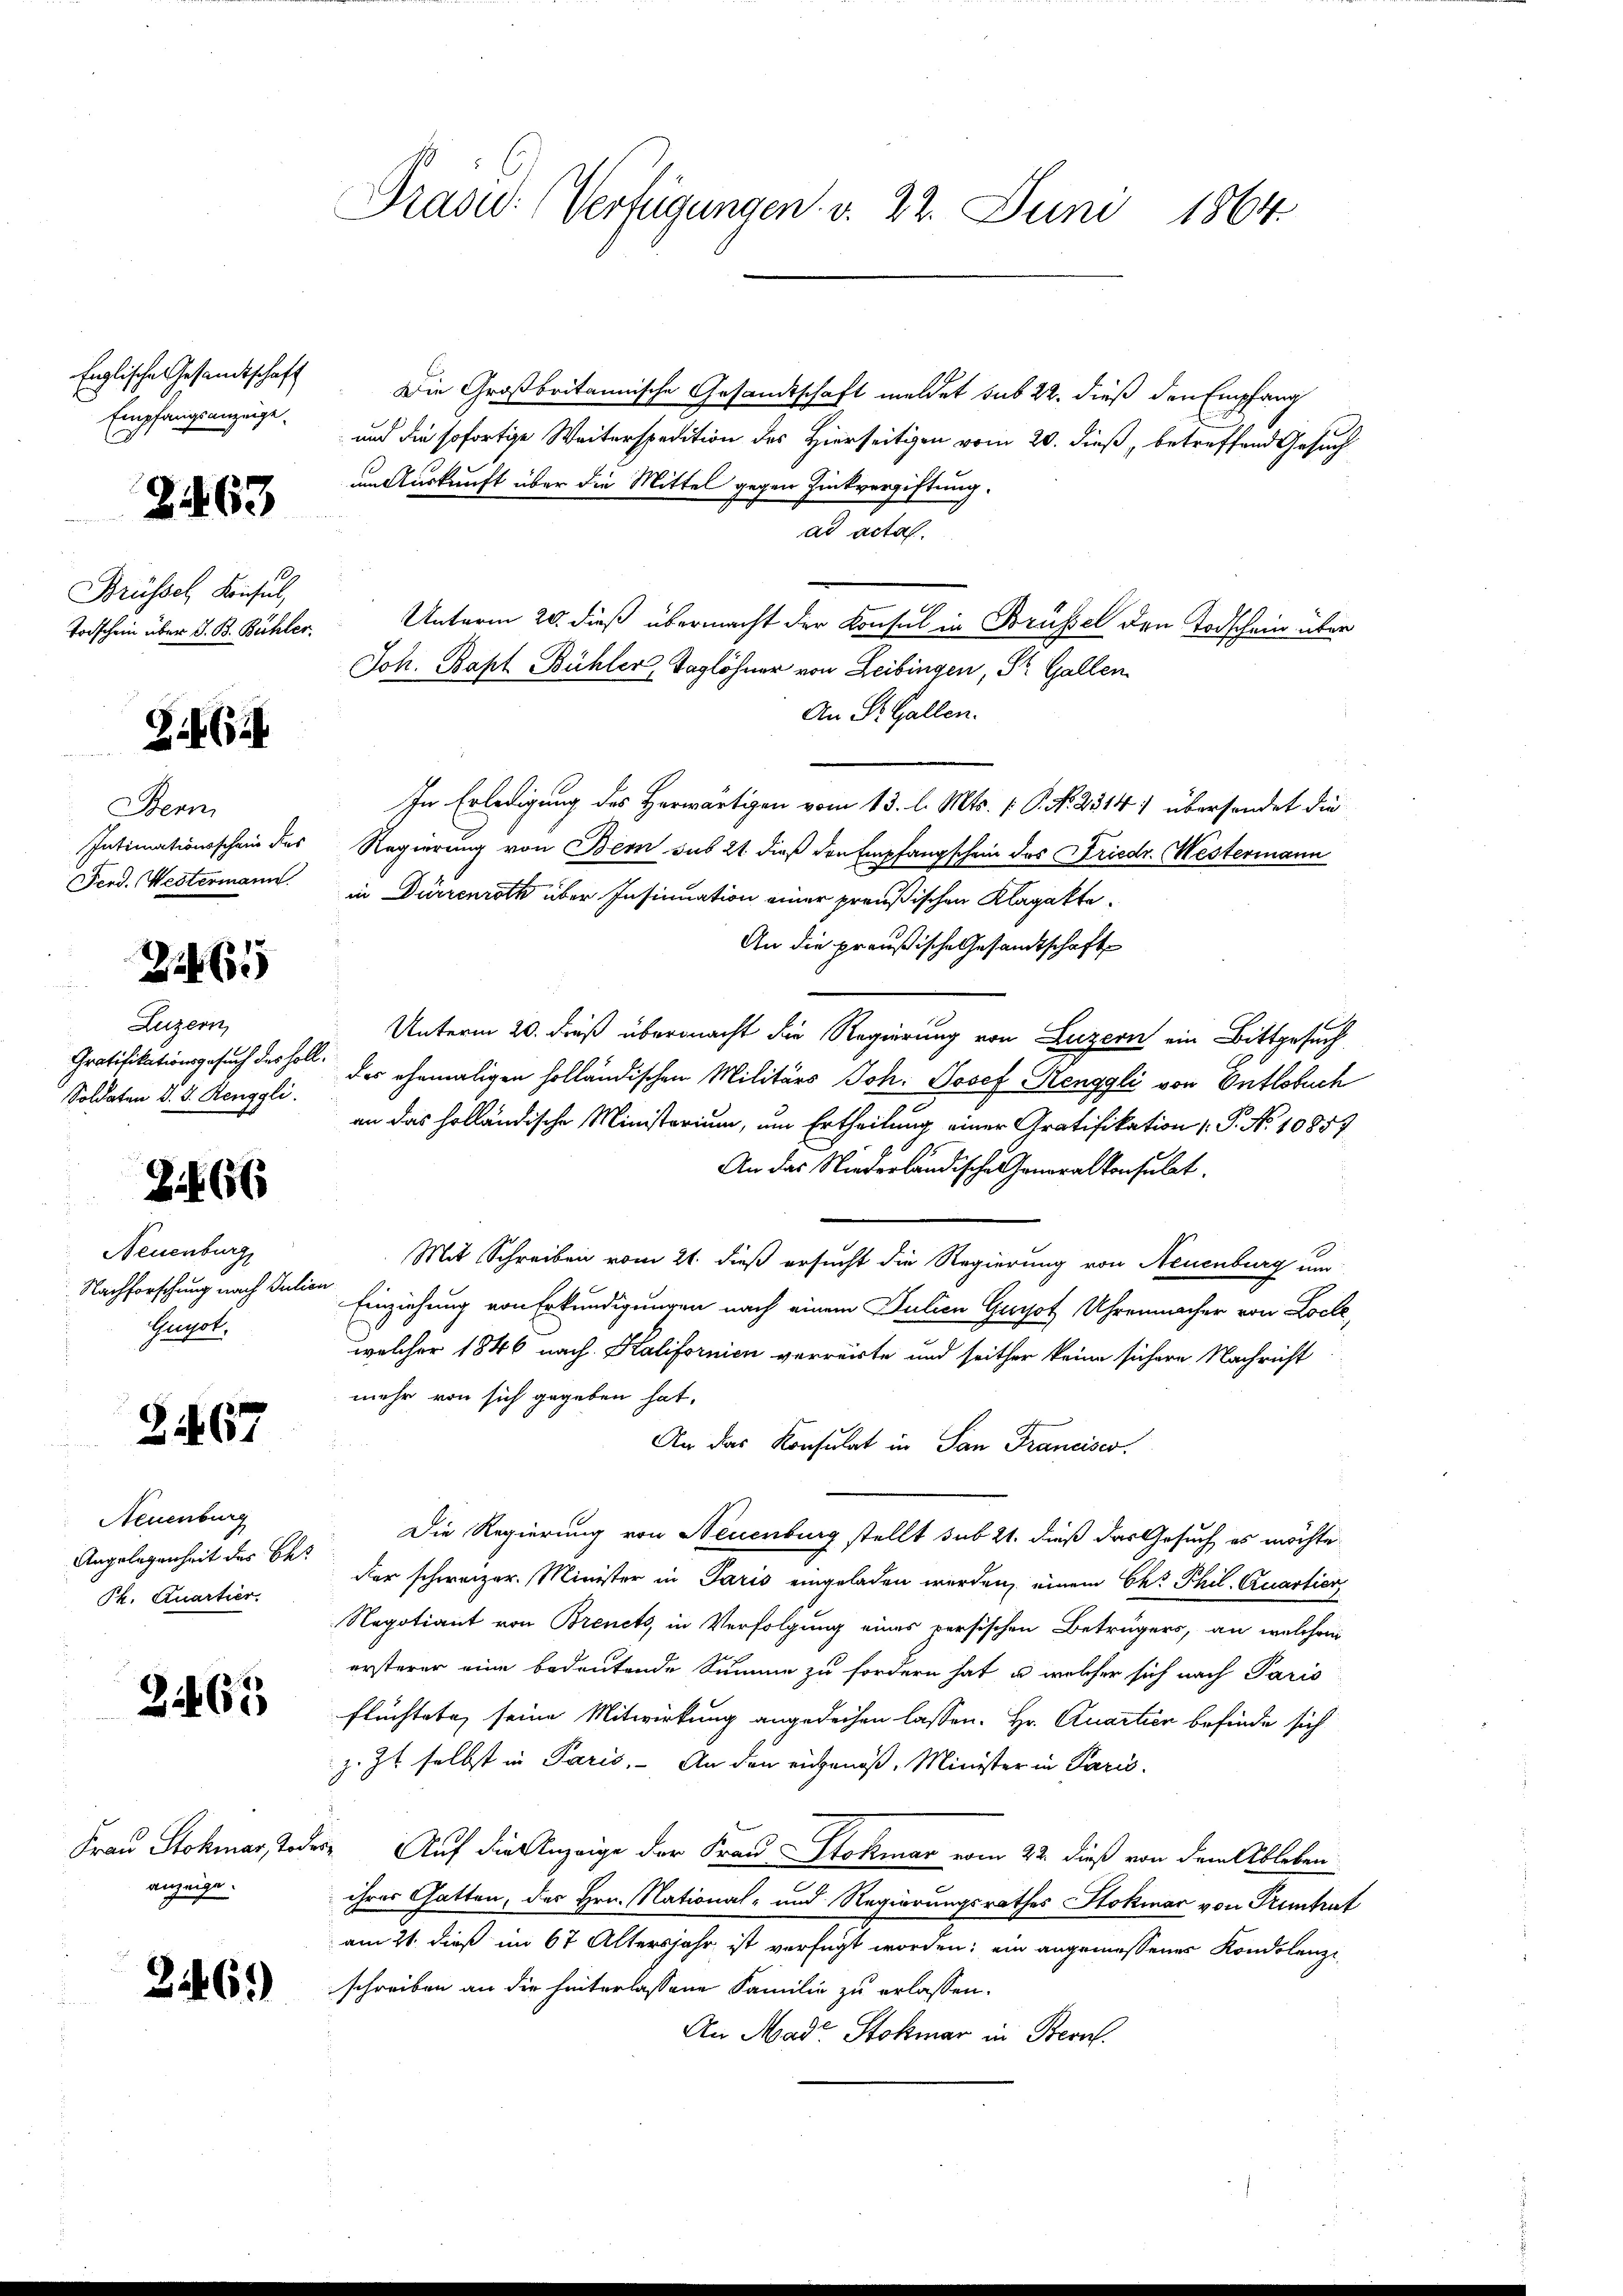
Englische Gesandtschaft
Empfangsanzeige

Z. 463

Brüssel Konsul,
Todschein über d. B. Bühler.

24 (124

Benn
Intimationsschein des
Ferd. Westermann.

21465

Luzern,
Soldaten d. d. Renggli.

Zif. 66

Neuenburg
Nachforschung nach Julion
Gugot,

31467

Neuenburg
Angelegenheit des Bes
Ph. Quartier.

2465

Frau Stokmar, Tod.
anzeige.

2146)

Prase (Verfügungen v. 22. Juni 1864.

Die Großbritannische Gesandtschaft meldet sub 22. dieß den Empfang
und die sofortige Weiterspedition des Hierseitigen vom 20. dieß, betreffend Gesuch
um Auskunft über die Mittel gegen Zünkvergiftung.
ad actal.
Unterm 20. dieß übermacht der Konsul in Brüssel den Todschein über
Joh. Bapt Bühler, Taglöhner von Leibingen, St. Gallen
An St. Gallen.
In Erledigung des Herwärtigen vom 13. l. Mts. 1. P. Nr. 2514) übersendet die
Regierung von Bern sub 21. daß den Empfangschein des Friedr. Westermann
in Dürrenrath über Insinuation einer preußischen Klagakte
An die preußische Gesandtschaft
Unterm 20. dieß übermacht die Regierung von Luzern ein Bittgesuch
Gratifikationsgesuch des soll der ehemaligen holländischen Militärs Joh. Josef Renggli von Entlobuch
an das holländische Ministerium, um Ertheilung einer Gratifikation P. No 10857
An das Niederländische Honoralkonsulat
Mit Schreiben vom 21. dieß ersucht die Regierung von Neuenburg um
Einziehung von Erkundigungen nach einem Julien Grotz Uhrenmacher von Locke,
welcher 1846 nach Kalifornien verreicte und seither keine sichere Nachricht
mehr von sich gegeben hat,
An das Konsulat in San Franciser.
Die Regierung von Neuenburg stellt sub 21. dieß das Gesuch es möchte
der schweizer. Minister in Paris eingeladen werden, einem Chr Phil. Quartier
Negotiant von Brencts, in Verfolgung eines versischen Betrügers, an welchem
ersterer eine bedeutende Summe zu fordern hat, u. welcher sich nach Paris
flüchtete seine Mitwirkung angedeihen lassen. Hr. Quartien befinde sich
z. Zt. selbst in Paris. An den eingenoß, Minister in Paris
dere Auf die Anzeige der Frau Stokmar vom 22. dieß von dem Ableben
ihres Gatten, des Hrn. National- und Regierungsrathes Stokmar von Pruntrut
am 21. dieß im 67 Altersjahr ist verfügt worden; ein angemessener Kondolenzi
schreiben an die hinterlassene Familie zu erlassen.
An Mad. Stokmar in Bern.